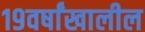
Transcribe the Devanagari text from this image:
१९वर्षांखालील